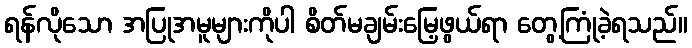
ရန်လိုသော အပြုအမူများကိုပါ စိတ်မချမ်းမြေ့ဖွယ်ရာ တွေ့ကြုံခဲ့ရသည်။